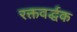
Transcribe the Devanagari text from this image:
रक्तवर्द्धक